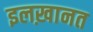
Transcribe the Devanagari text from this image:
इलख़ानत